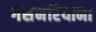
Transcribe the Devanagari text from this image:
गेसेनेरियाना